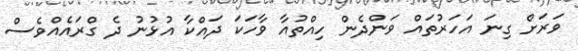
ވަރަށް ގިނަ އަހަރުތައް ވަންދެން ހިއްތުއާ ވާހަކަ ދައްކާ އުޅުނު ދެ ގްރައެއްވެސް